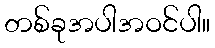
တစ်ခုအပါအဝင်ပါ။